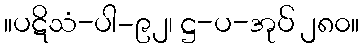
။ပဋိသံ-ပါ-၉၂၊ ဋ္ဌ-ပ-အုပ် ၂၈၀။